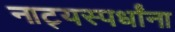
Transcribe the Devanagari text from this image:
नाट्यस्पर्धांना